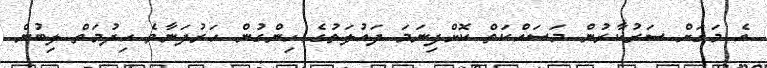
އެ މަގަށް ސަރުކާރުން މަސައްކަތް ކޮށްފިނަމަ ދައުލަތުގެ ހިންގުން ހަރުދަނާވެ ހިދުމަތް ލިބުން